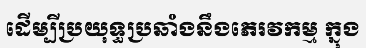
ដើម្បីប្រយុទ្ធប្រឆាំងនឹងភេរវកម្ម ក្នុង